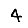
Digit: 4